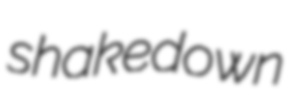
shakedown